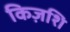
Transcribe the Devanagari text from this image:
किज़शि